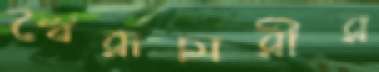
স্বৈরাচারীর